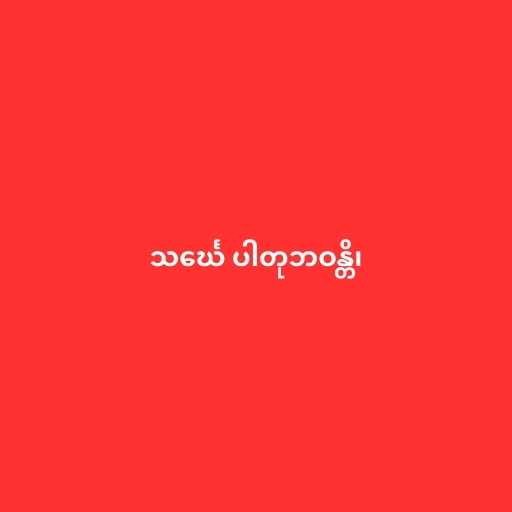
သင်္ဃေ ပါတုဘဝန္တိ၊